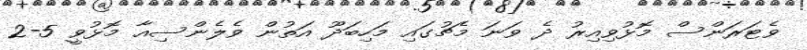
ވެޓަރަންސް މޮޅުވިއިރު ދެ ވަނަ މެޗުގައި މަހިބަދޫ އަތުން ވެލެންސިއާ މޮޅުވީ 5-2